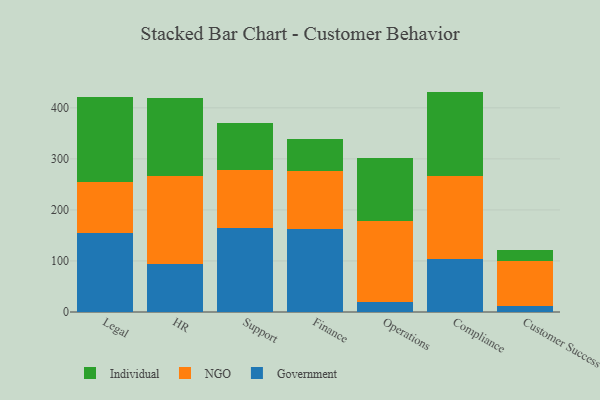
{"axis": {"x": "Department", "y": "Headcount"}, "legend": ["Government", "Individual", "NGO"], "data": [{"x": "Legal", "y": 155.2, "type": "Government"}, {"x": "Legal", "y": 100.3, "type": "NGO"}, {"x": "Legal", "y": 166.4, "type": "Individual"}, {"x": "HR", "y": 94.0, "type": "Government"}, {"x": "HR", "y": 173.1, "type": "NGO"}, {"x": "HR", "y": 152.1, "type": "Individual"}, {"x": "Support", "y": 164.9, "type": "Government"}, {"x": "Support", "y": 114.0, "type": "NGO"}, {"x": "Support", "y": 92.1, "type": "Individual"}, {"x": "Finance", "y": 163.1, "type": "Government"}, {"x": "Finance", "y": 113.8, "type": "NGO"}, {"x": "Finance", "y": 62.1, "type": "Individual"}, {"x": "Operations", "y": 20.1, "type": "Government"}, {"x": "Operations", "y": 157.6, "type": "NGO"}, {"x": "Operations", "y": 124.0, "type": "Individual"}, {"x": "Compliance", "y": 103.8, "type": "Government"}, {"x": "Compliance", "y": 162.4, "type": "NGO"}, {"x": "Compliance", "y": 165.6, "type": "Individual"}, {"x": "Customer Success", "y": 12.1, "type": "Government"}, {"x": "Customer Success", "y": 87.8, "type": "NGO"}, {"x": "Customer Success", "y": 22.4, "type": "Individual"}]}